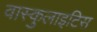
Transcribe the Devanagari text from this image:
वास्कुलाइटिस